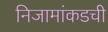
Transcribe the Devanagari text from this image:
निजामांकडची